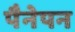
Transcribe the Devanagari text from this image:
पैनेपन